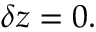
\delta z = 0 .